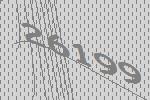
26199